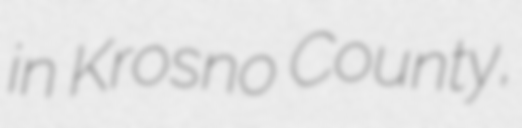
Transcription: in Krosno County,